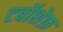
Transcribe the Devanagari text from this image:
टर्बोशेफ़